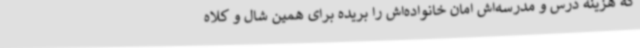
که هزینه درس و مدرسه‌اش امان خانواده‌اش را بریده برای همین شال و کلاه